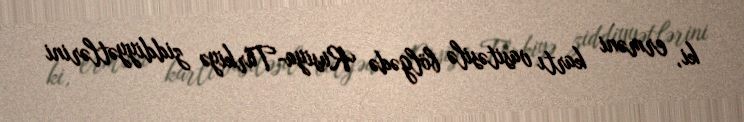
ki, erməni kartı vasitəsilə bölgədə Rusiya-Türkiyə ziddiyyətlərini